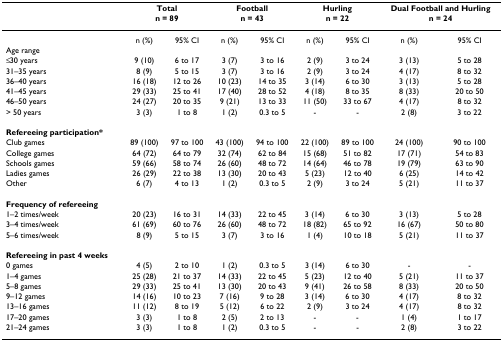
<table><thead><tr><td></td><td colspan="2"><b>Totaln = 89</b></td><td colspan="2"><b>Footballn = 43</b></td><td colspan="2"><b>Hurlingn = 22</b></td><td colspan="2"><b>Dual Football and Hurlingn = 24</b></td></tr></thead><tbody><tr><td></td><td>n (%)</td><td>95% CI</td><td>n (%)</td><td>95% CI</td><td>n (%)</td><td>95% CI</td><td>n (%)</td><td>95% CI</td></tr><tr><td>Age range</td><td></td><td></td><td></td><td></td><td></td><td></td><td></td><td></td></tr><tr><td>≤ 30 years</td><td>9 (10)</td><td>6 to 17</td><td>3 (7)</td><td>3 to 16</td><td>2 (9)</td><td>3 to 24</td><td>3 (13)</td><td>5 to 28</td></tr><tr><td>31–35 years</td><td>8 (9)</td><td>5 to 15</td><td>3 (7)</td><td>3 to 16</td><td>2 (9)</td><td>3 to 24</td><td>4 (17)</td><td>8 to 32</td></tr><tr><td>36–40 years</td><td>16 (18)</td><td>12 to 26</td><td>10 (23)</td><td>14 to 35</td><td>3 (14)</td><td>6 to 30</td><td>3 (13)</td><td>5 to 28</td></tr><tr><td>41–45 years</td><td>29 (33)</td><td>25 to 41</td><td>17 (40)</td><td>28 to 52</td><td>4 (18)</td><td>8 to 35</td><td>8 (33)</td><td>20 to 50</td></tr><tr><td>46–50 years</td><td>24 (27)</td><td>20 to 35</td><td>9 (21)</td><td>13 to 33</td><td>11 (50)</td><td>33 to 67</td><td>4 (17)</td><td>8 to 32</td></tr><tr><td>&gt; 50 years</td><td>3 (3)</td><td>1 to 8</td><td>1 (2)</td><td>0.3 to 5</td><td>-</td><td>-</td><td>2 (8)</td><td>3 to 22</td></tr><tr><td><b>Refereeing participation*</b></td><td></td><td></td><td></td><td></td><td></td><td></td><td></td><td></td></tr><tr><td>Club games</td><td>89 (100)</td><td>97 to 100</td><td>43 (100)</td><td>94 to 100</td><td>22 (100)</td><td>89 to 100</td><td>24 (100)</td><td>90 to 100</td></tr><tr><td>College games</td><td>64 (72)</td><td>64 to 79</td><td>32 (74)</td><td>62 to 84</td><td>15 (68)</td><td>51 to 82</td><td>17 (71)</td><td>54 to 83</td></tr><tr><td>Schools games</td><td>59 (66)</td><td>58 to 74</td><td>26 (60)</td><td>48 to 72</td><td>14 (64)</td><td>46 to 78</td><td>19 (79)</td><td>63 to 90</td></tr><tr><td>Ladies games</td><td>26 (29)</td><td>22 to 38</td><td>13 (30)</td><td>20 to 43</td><td>5 (23)</td><td>12 to 40</td><td>6 (25)</td><td>14 to 42</td></tr><tr><td>Other</td><td>6 (7)</td><td>4 to 13</td><td>1 (2)</td><td>0.3 to 5</td><td>2 (9)</td><td>3 to 24</td><td>5 (21)</td><td>11 to 37</td></tr><tr><td><b>Frequency of refereeing</b></td><td></td><td></td><td></td><td></td><td></td><td></td><td></td><td></td></tr><tr><td>1–2 times/week</td><td>20 (23)</td><td>16 to 31</td><td>14 (33)</td><td>22 to 45</td><td>3 (14)</td><td>6 to 30</td><td>3 (13)</td><td>5 to 28</td></tr><tr><td>3–4 times/week</td><td>61 (69)</td><td>60 to 76</td><td>26 (60)</td><td>48 to 72</td><td>18 (82)</td><td>65 to 92</td><td>16 (67)</td><td>50 to 80</td></tr><tr><td>5–6 times/week</td><td>8 (9)</td><td>5 to 15</td><td>3 (7)</td><td>3 to 16</td><td>1 (4)</td><td>10 to 18</td><td>5 (21)</td><td>11 to 37</td></tr><tr><td><b>Refereeing in past 4 weeks</b></td><td></td><td></td><td></td><td></td><td></td><td></td><td></td><td></td></tr><tr><td>0 games</td><td>4 (5)</td><td>2 to 10</td><td>1 (2)</td><td>0.3 to 5</td><td>3 (14)</td><td>6 to 30</td><td>-</td><td>-</td></tr><tr><td>1–4 games</td><td>25 (28)</td><td>21 to 37</td><td>14 (33)</td><td>22 to 45</td><td>5 (23)</td><td>12 to 40</td><td>5 (21)</td><td>11 to 37</td></tr><tr><td>5–8 games</td><td>29 (33)</td><td>25 to 41</td><td>13 (30)</td><td>20 to 43</td><td>9 (41)</td><td>26 to 58</td><td>8 (33)</td><td>20 to 50</td></tr><tr><td>9–12 games</td><td>14 (16)</td><td>10 to 23</td><td>7 (16)</td><td>9 to 28</td><td>3 (14)</td><td>6 to 30</td><td>4 (17)</td><td>8 to 32</td></tr><tr><td>13–16 games</td><td>11 (12)</td><td>8 to 19</td><td>5 (12)</td><td>6 to 22</td><td>2 (9)</td><td>3 to 24</td><td>4 (17)</td><td>8 to 32</td></tr><tr><td>17–20 games</td><td>3 (3)</td><td>1 to 8</td><td>2 (5)</td><td>2 to 13</td><td>-</td><td>-</td><td>1 (4)</td><td>1 to 17</td></tr><tr><td>21–24 games</td><td>3 (3)</td><td>1 to 8</td><td>1 (2)</td><td>0.3 to 5</td><td>-</td><td>-</td><td>2 (8)</td><td>3 to 22</td></tr></tbody></table>